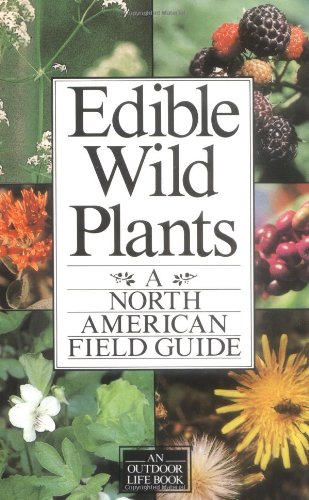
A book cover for Edible Wild Plants: A North American Field Guide; Thomas Elias; Crafts, Hobbies & Home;